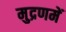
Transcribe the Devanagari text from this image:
मुद्रणमें